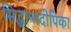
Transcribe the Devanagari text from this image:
सिद्धान्तदीपिका